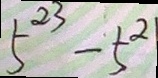
5 ^ { 2 3 } - 5 ^ { 2 }